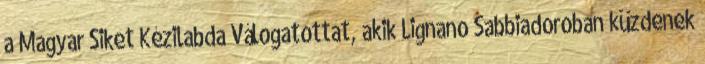
a Magyar Siket Kézilabda Válogatottat, akik Lignano Sabbiadoroban küzdenek